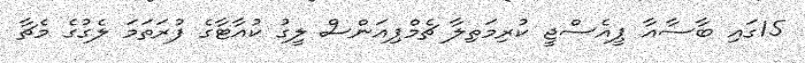
15ގައި ބާސާއާ ޕީއެސްޖީ ކުރިމަތިލާ ޗެމްޕިއަންސް ލީގު ކުއާޓާގެ ފުރަތަމަ ލެގުގެ މެޗާ